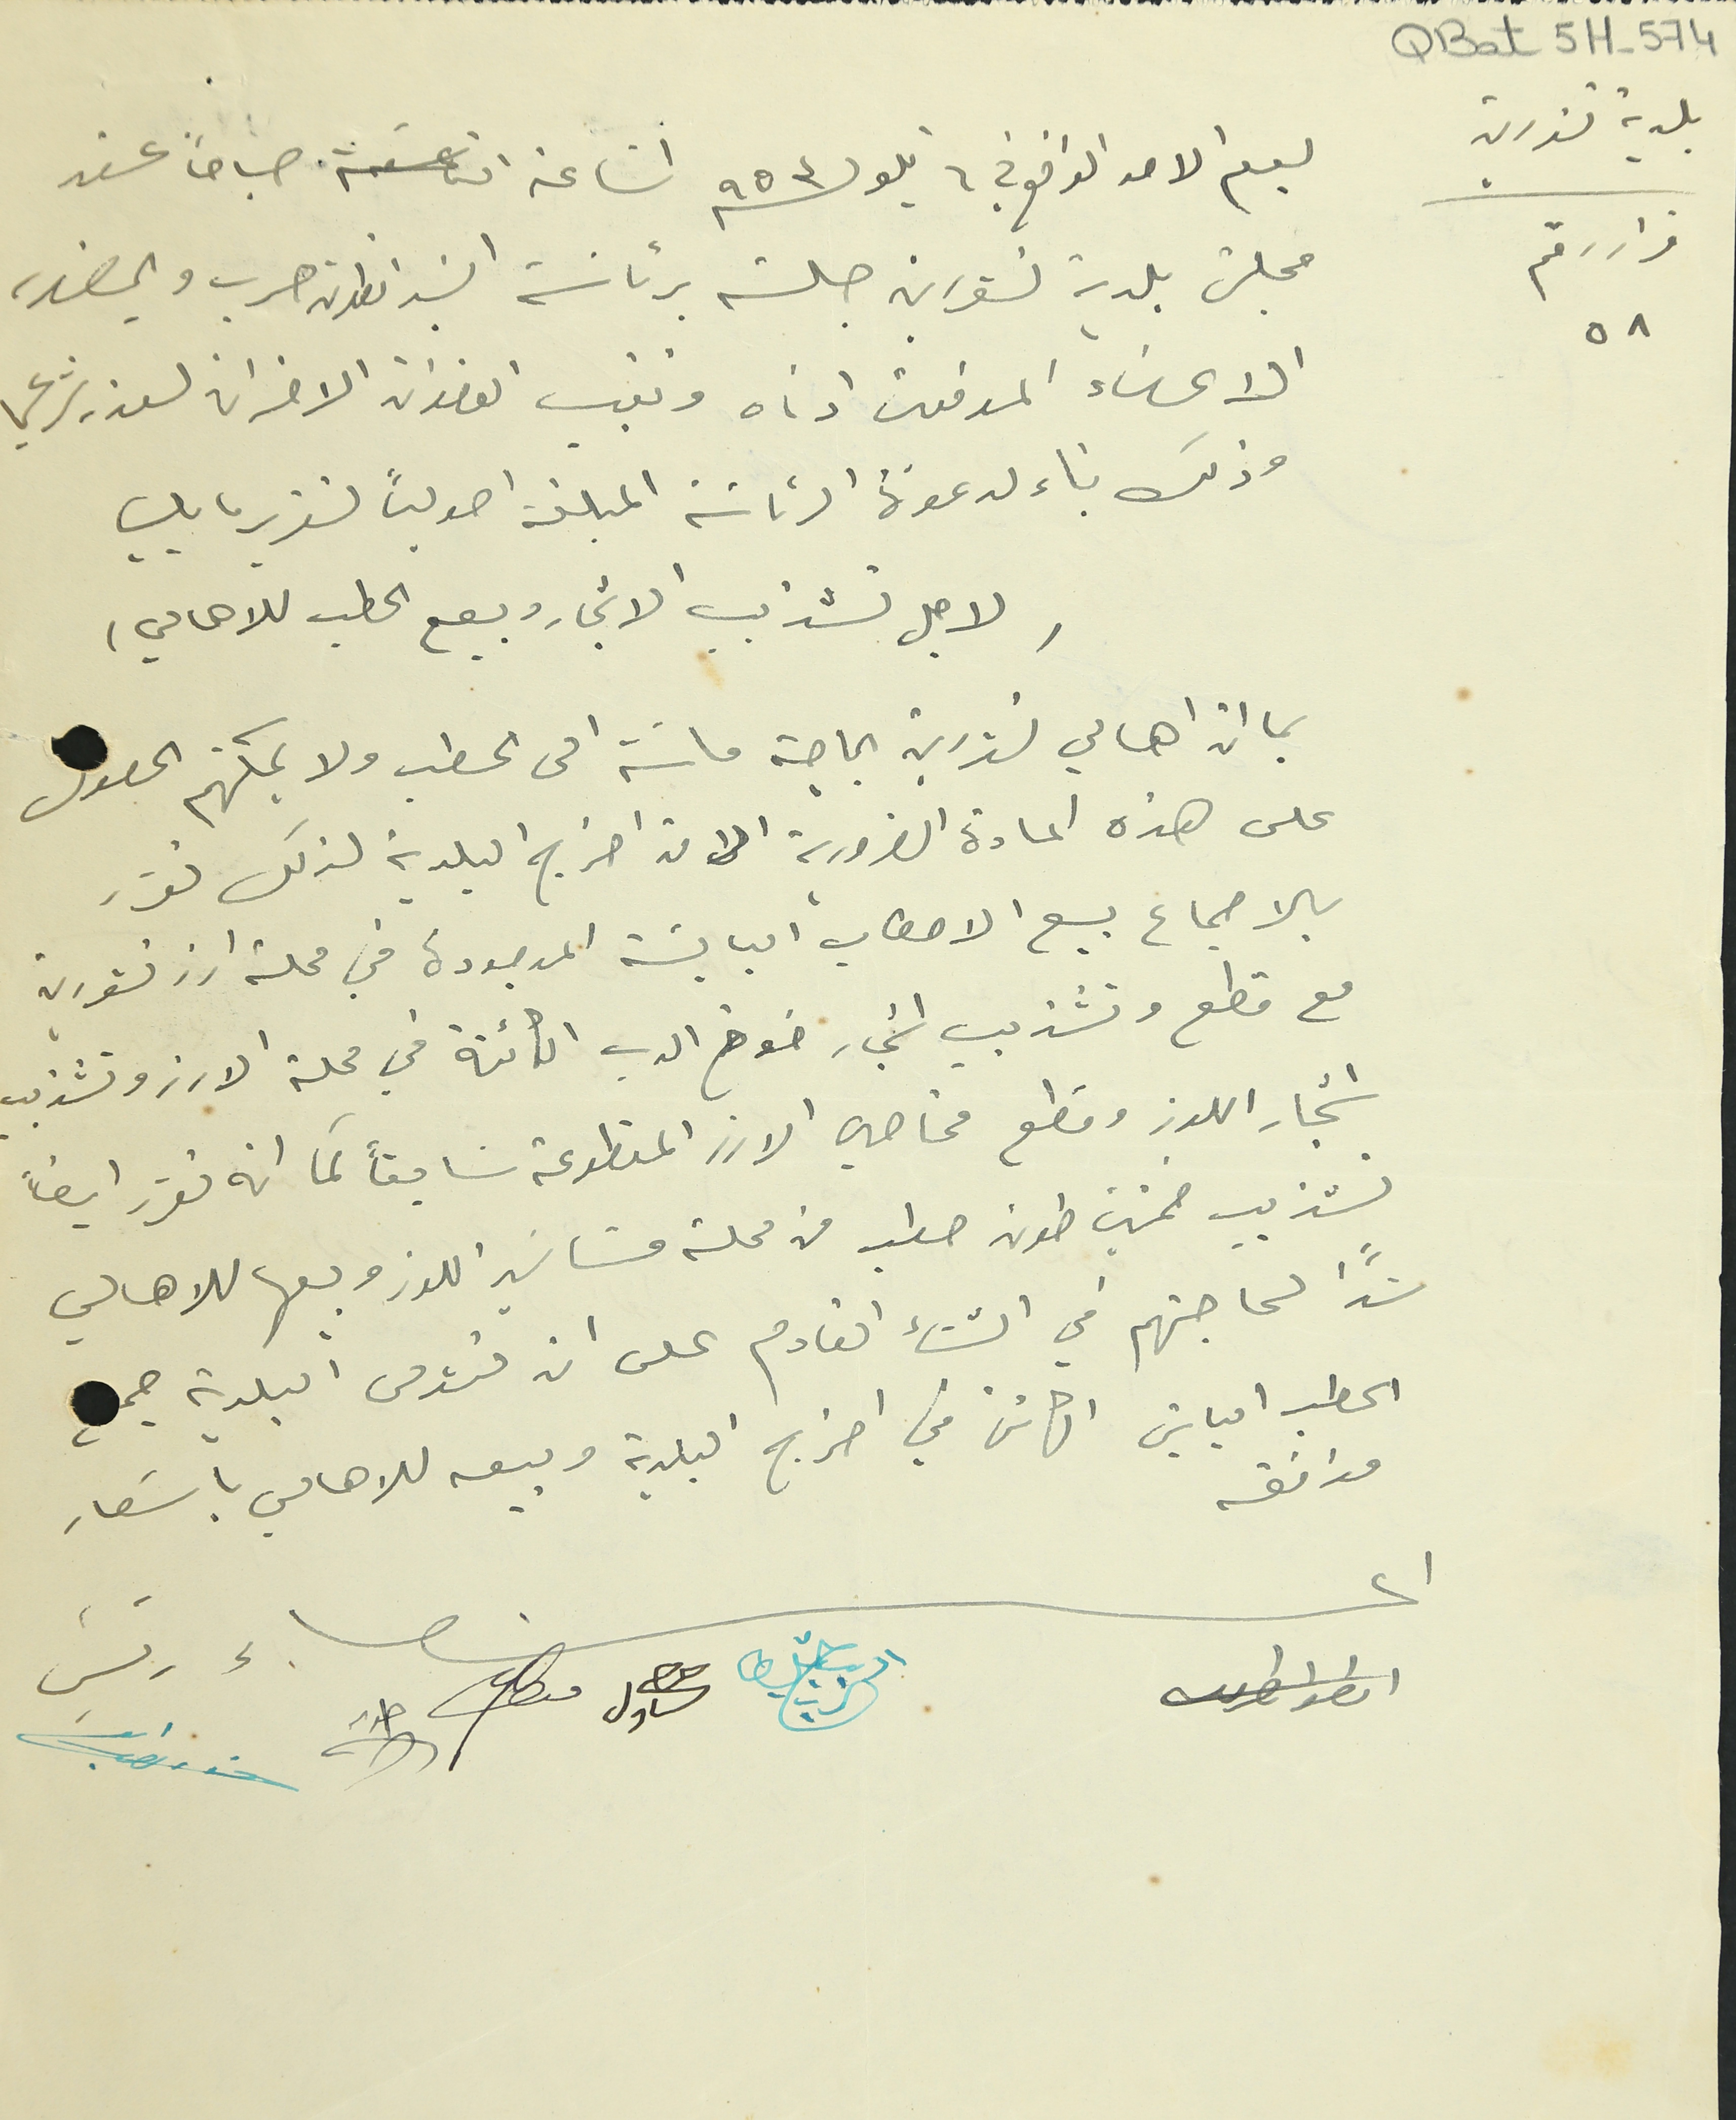
QBat 5 H-574
بلدية تنورين قرار رقم ٥٨
يوم الاحد الواقع في ٦ ايلول سنة ٩٥٣ الساعة التاسعة صباحاً عقد
مجلسَ بلدية تنورين جلسة برئاسة السَيد انطون حرب وبحضور
الاعضاء الموقعين ادناه وتغيب العضوان الاخران لعذر شرعي
وذلك بناء لدعوة الرئاسَة المبلغة اصولياً لتقرير ما يلي
(لاجل تشذيب الاشجار وبيع الحطب للاهالي)
بما ان اهالي تنوبين بحاجة ماسَة الى الحطب ولا يمكنهم الحصول
على هذه المادة الضرورية الا من احراج البلدية لذلك تقرر
بالاجماع بيع الاحطاب اليابسَة الموجودة في محلة ارز تنورين
مع قطع وتشذيب اشجار خوخ الدب الكائنة في محلة الارز وتشذيب
اشجار اللوز وقطع محاصيل الارز المقطوعة سابقاً كما انه تقرر ايضاً
تشذيب خمسين طون حطب من محلة مشاتي اللوز وبيعها للاهالي
سَداً لحاجتهم في الشتاء القادم عن تؤمن البلدية جمع
الحطب الباقى الكائن في احراج البلدية وبيعه للاهالي باسَعار
موافقه
اعضاء  انطون طربيه       شليطا الزين     حنا شاول  منصور ضو    طري         رئيس  انطون حرب